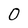
Character: O